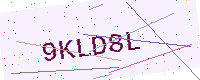
Text: 9KLD8L